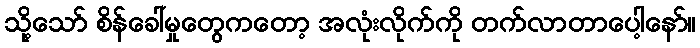
သို့သော် စိန်ခေါ်မှုတွေကတော့ အလုံးလိုက်ကို တက်လာတာပေါ့နော်။